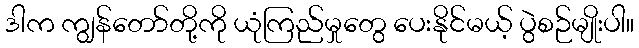
ဒါက ကျွန်တော်တို့ကို ယုံကြည်မှုတွေ ပေးနိုင်မယ့် ပွဲစဉ်မျိုးပါ။